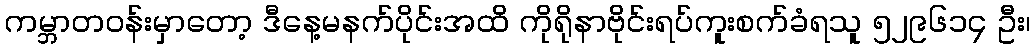
ကမ္ဘာတဝန်းမှာတော့ ဒီနေ့မနက်ပိုင်းအထိ ကိုရိုနာဗိုင်းရပ်ကူးစက်ခံရသူ ၅၂၉၆၁၄ ဦး၊